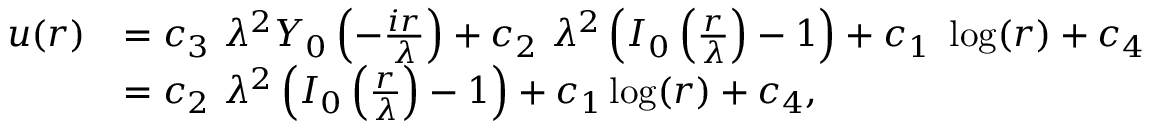
\begin{array} { r l } { u ( r ) } & { = c _ { 3 } \ \lambda ^ { 2 } Y _ { 0 } \left( - \frac { i r } { \lambda } \right) + c _ { 2 } \ \lambda ^ { 2 } \left( I _ { 0 } \left( \frac { r } { \lambda } \right) - 1 \right) + c _ { 1 } \ \log ( r ) + c _ { 4 } } \\ & { = c _ { 2 } \ \lambda ^ { 2 } \left( I _ { 0 } \left( \frac { r } { \lambda } \right) - 1 \right) + c _ { 1 } \log ( r ) + c _ { 4 } , } \end{array}